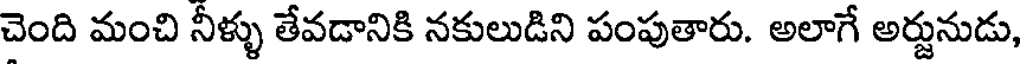
చెంది మంచి నీళ్ళు తేవడానికి నకులుడిని పంపుతారు. అలాగే అర్జునుడు,